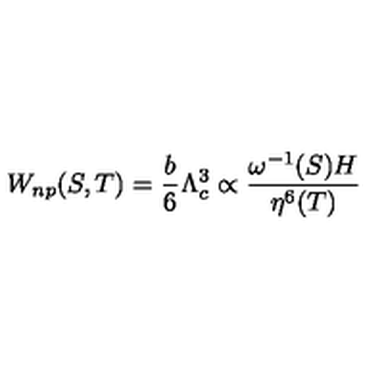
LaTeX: W _ { n p } ( S , T ) = \frac { b } { 6 } \Lambda _ { c } ^ { 3 } \propto \frac { \omega ^ { - 1 } ( S ) H } { \eta ^ { 6 } ( T ) }